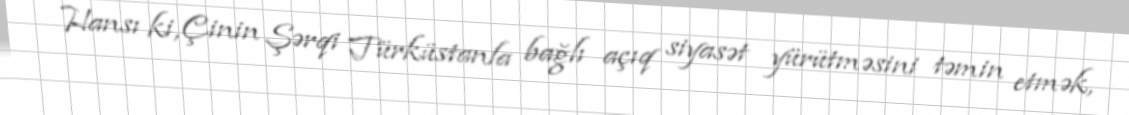
Hansı ki, Çinin Şərqi Türküstanla bağlı açıq siyasət yürütməsini təmin etmək,